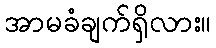
အာမခံချက်ရှိလား။